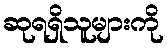
ဆုရရှိသူများကို